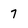
Character: 7